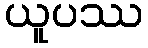
ယူပဿ